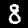
Label: 8